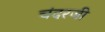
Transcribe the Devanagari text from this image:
चंदरजी